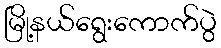
မြို့နယ်ရွေးကောက်ပွဲ